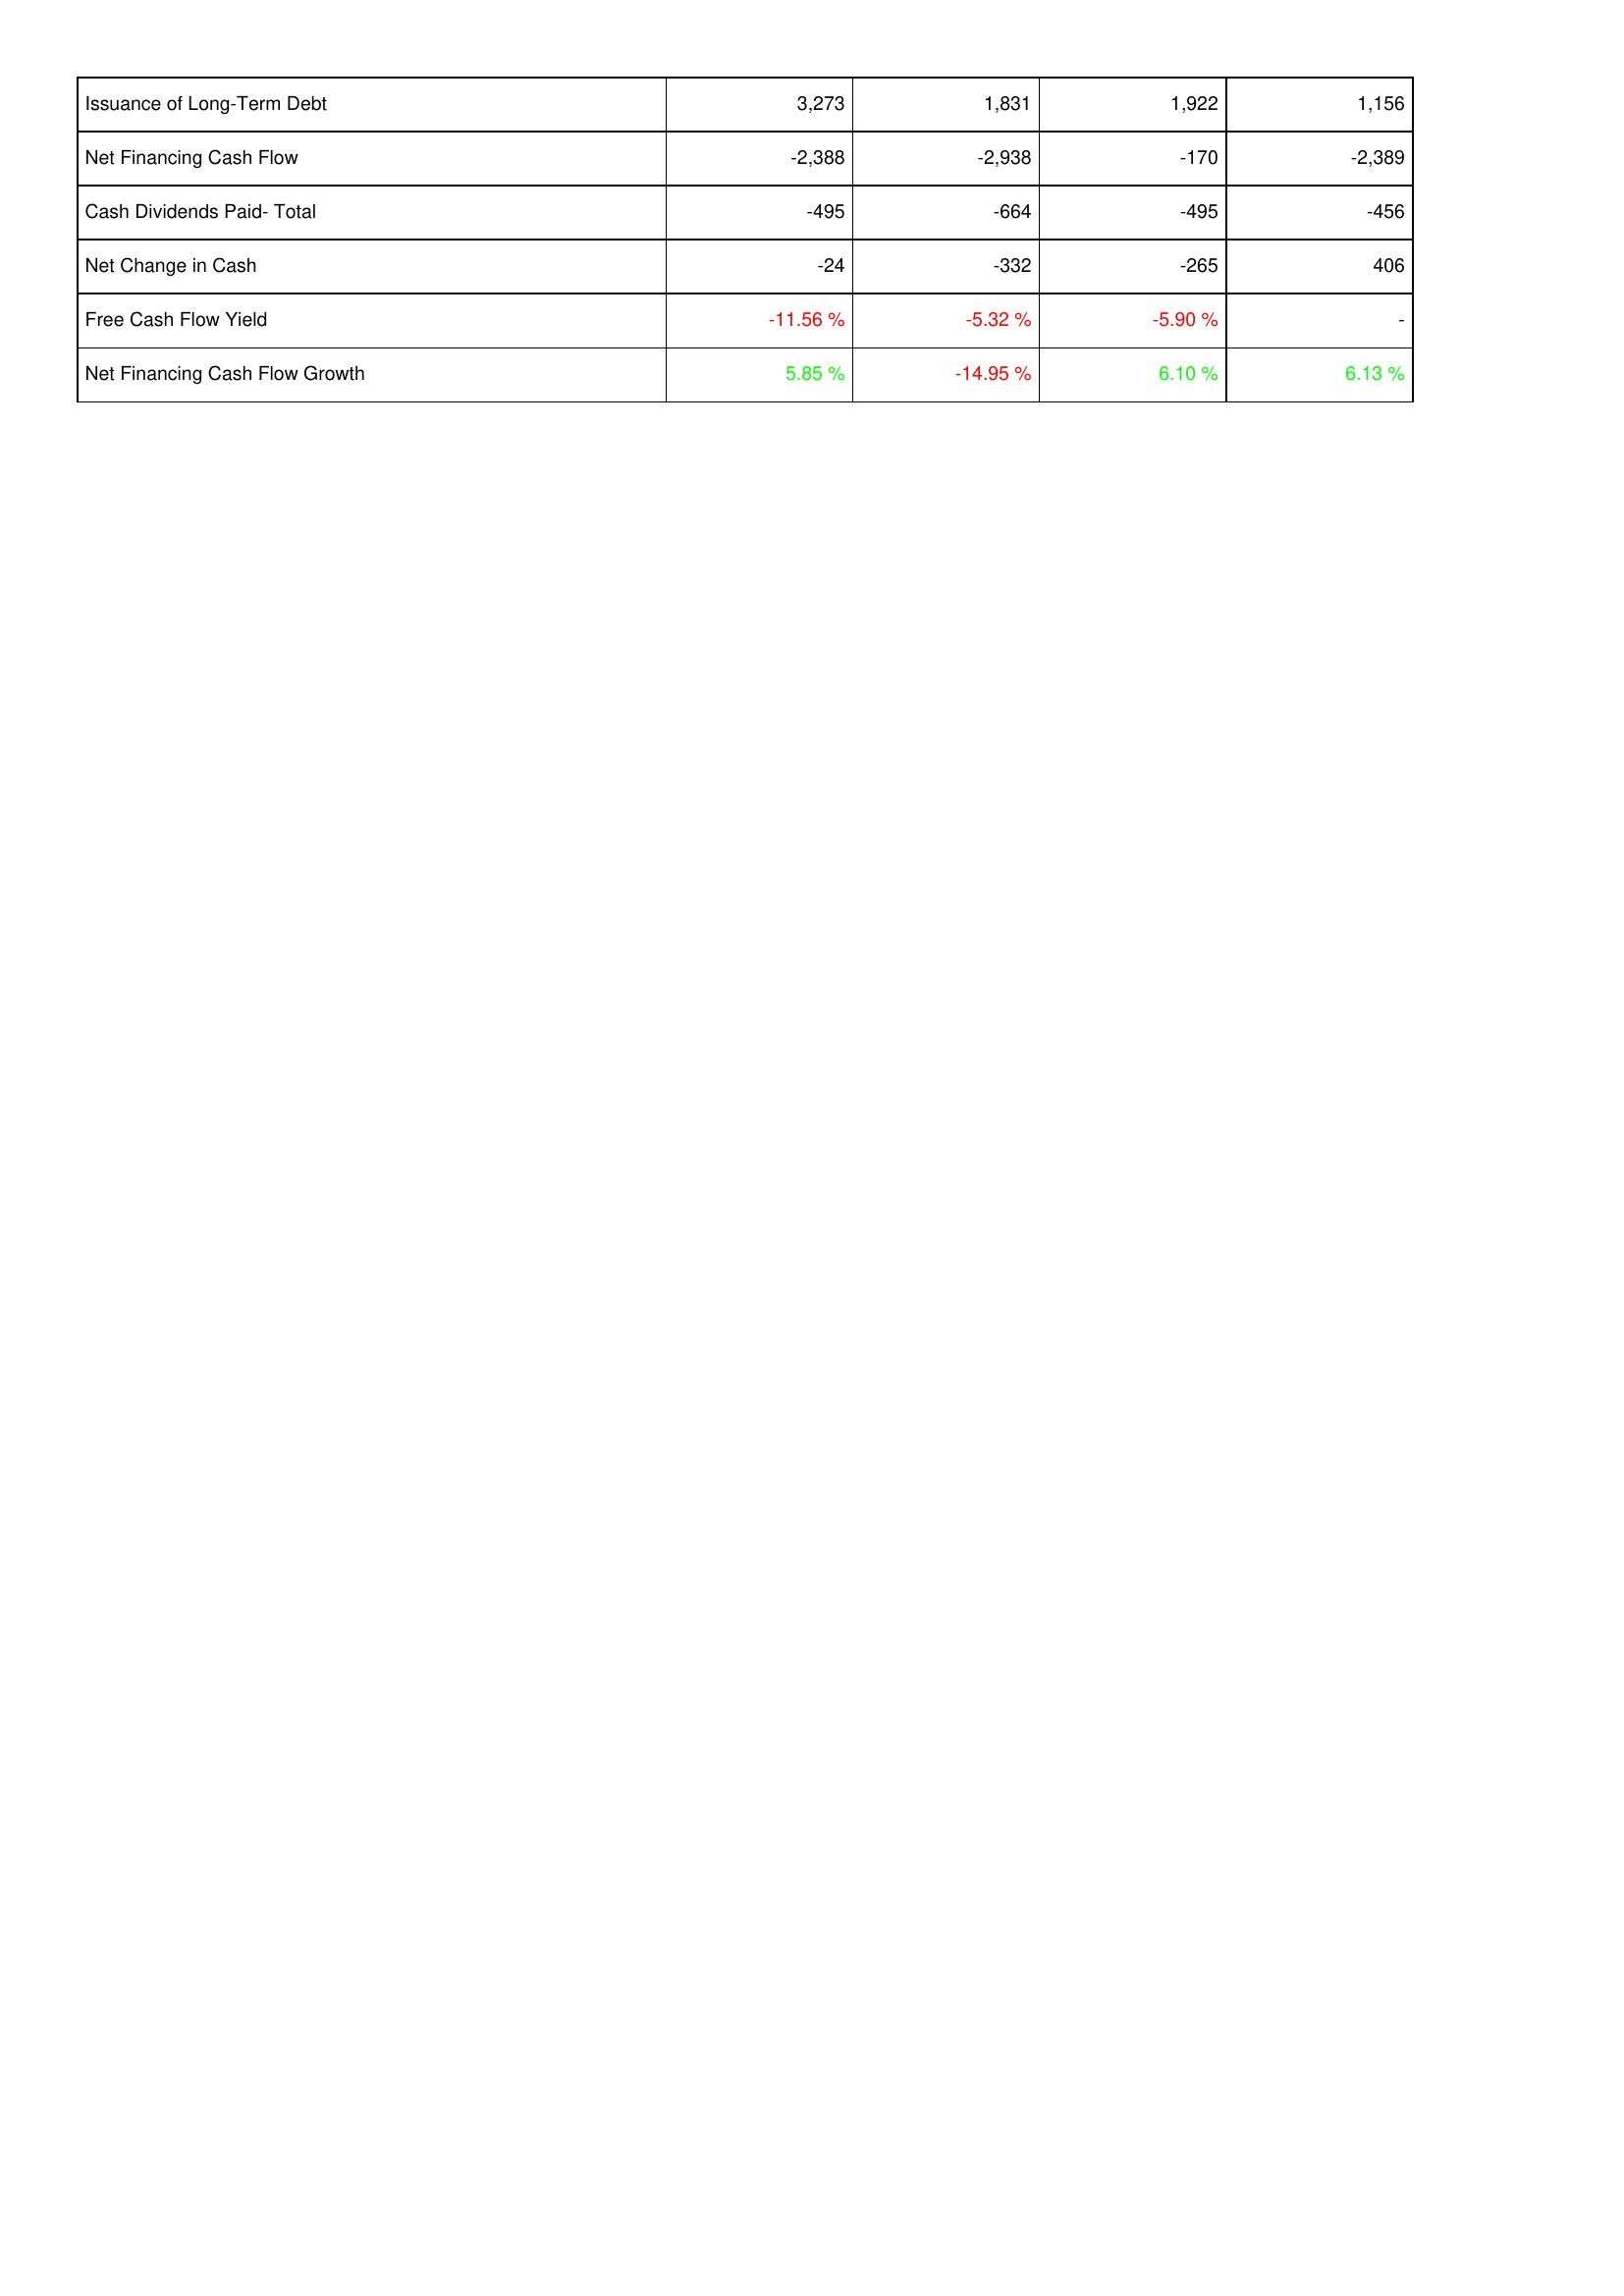
2007: Financing Activities: Issuance of Long-Term Debt: 3,273
Net Financing Cash Flow: -2,388
Cash Dividends Paid- Total: -495
Net Change in Cash: -24
Free Cash Flow Yield: -11.56 %
Net Financing Cash Flow Growth: 5.85 %
2008: Financing Activities: Issuance of Long-Term Debt: 1,831
Net Financing Cash Flow: -2,938
Cash Dividends Paid- Total: -664
Net Change in Cash: -332
Free Cash Flow Yield: -5.32 %
Net Financing Cash Flow Growth: -14.95 %
2009: Financing Activities: Issuance of Long-Term Debt: 1,922
Net Financing Cash Flow: -170
Cash Dividends Paid- Total: -495
Net Change in Cash: -265
Free Cash Flow Yield: -5.90 %
Net Financing Cash Flow Growth: 6.10 %
2010: Financing Activities: Issuance of Long-Term Debt: 1,156
Net Financing Cash Flow: -2,389
Cash Dividends Paid- Total: -456
Net Change in Cash: 406
Free Cash Flow Yield: -
Net Financing Cash Flow Growth: 6.13 %